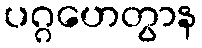
ပဂ္ဂဟေတွာန